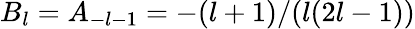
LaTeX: B_{l}=A_{-l-1}=-(l+1)/(l(2l-1))